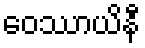
ဝေဿာယိနီ